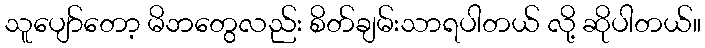
သူပျော်တော့ မိဘတွေလည်း စိတ်ချမ်းသာရပါတယ် လို့ ဆိုပါတယ်။